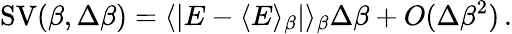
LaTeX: \operatorname{SV}(\beta,\Delta\beta)=\langle|E-\langle E\rangle_{\beta}|\rangle_{\beta}\Delta\beta+\textit{O}(\Delta\beta^{2})\, .